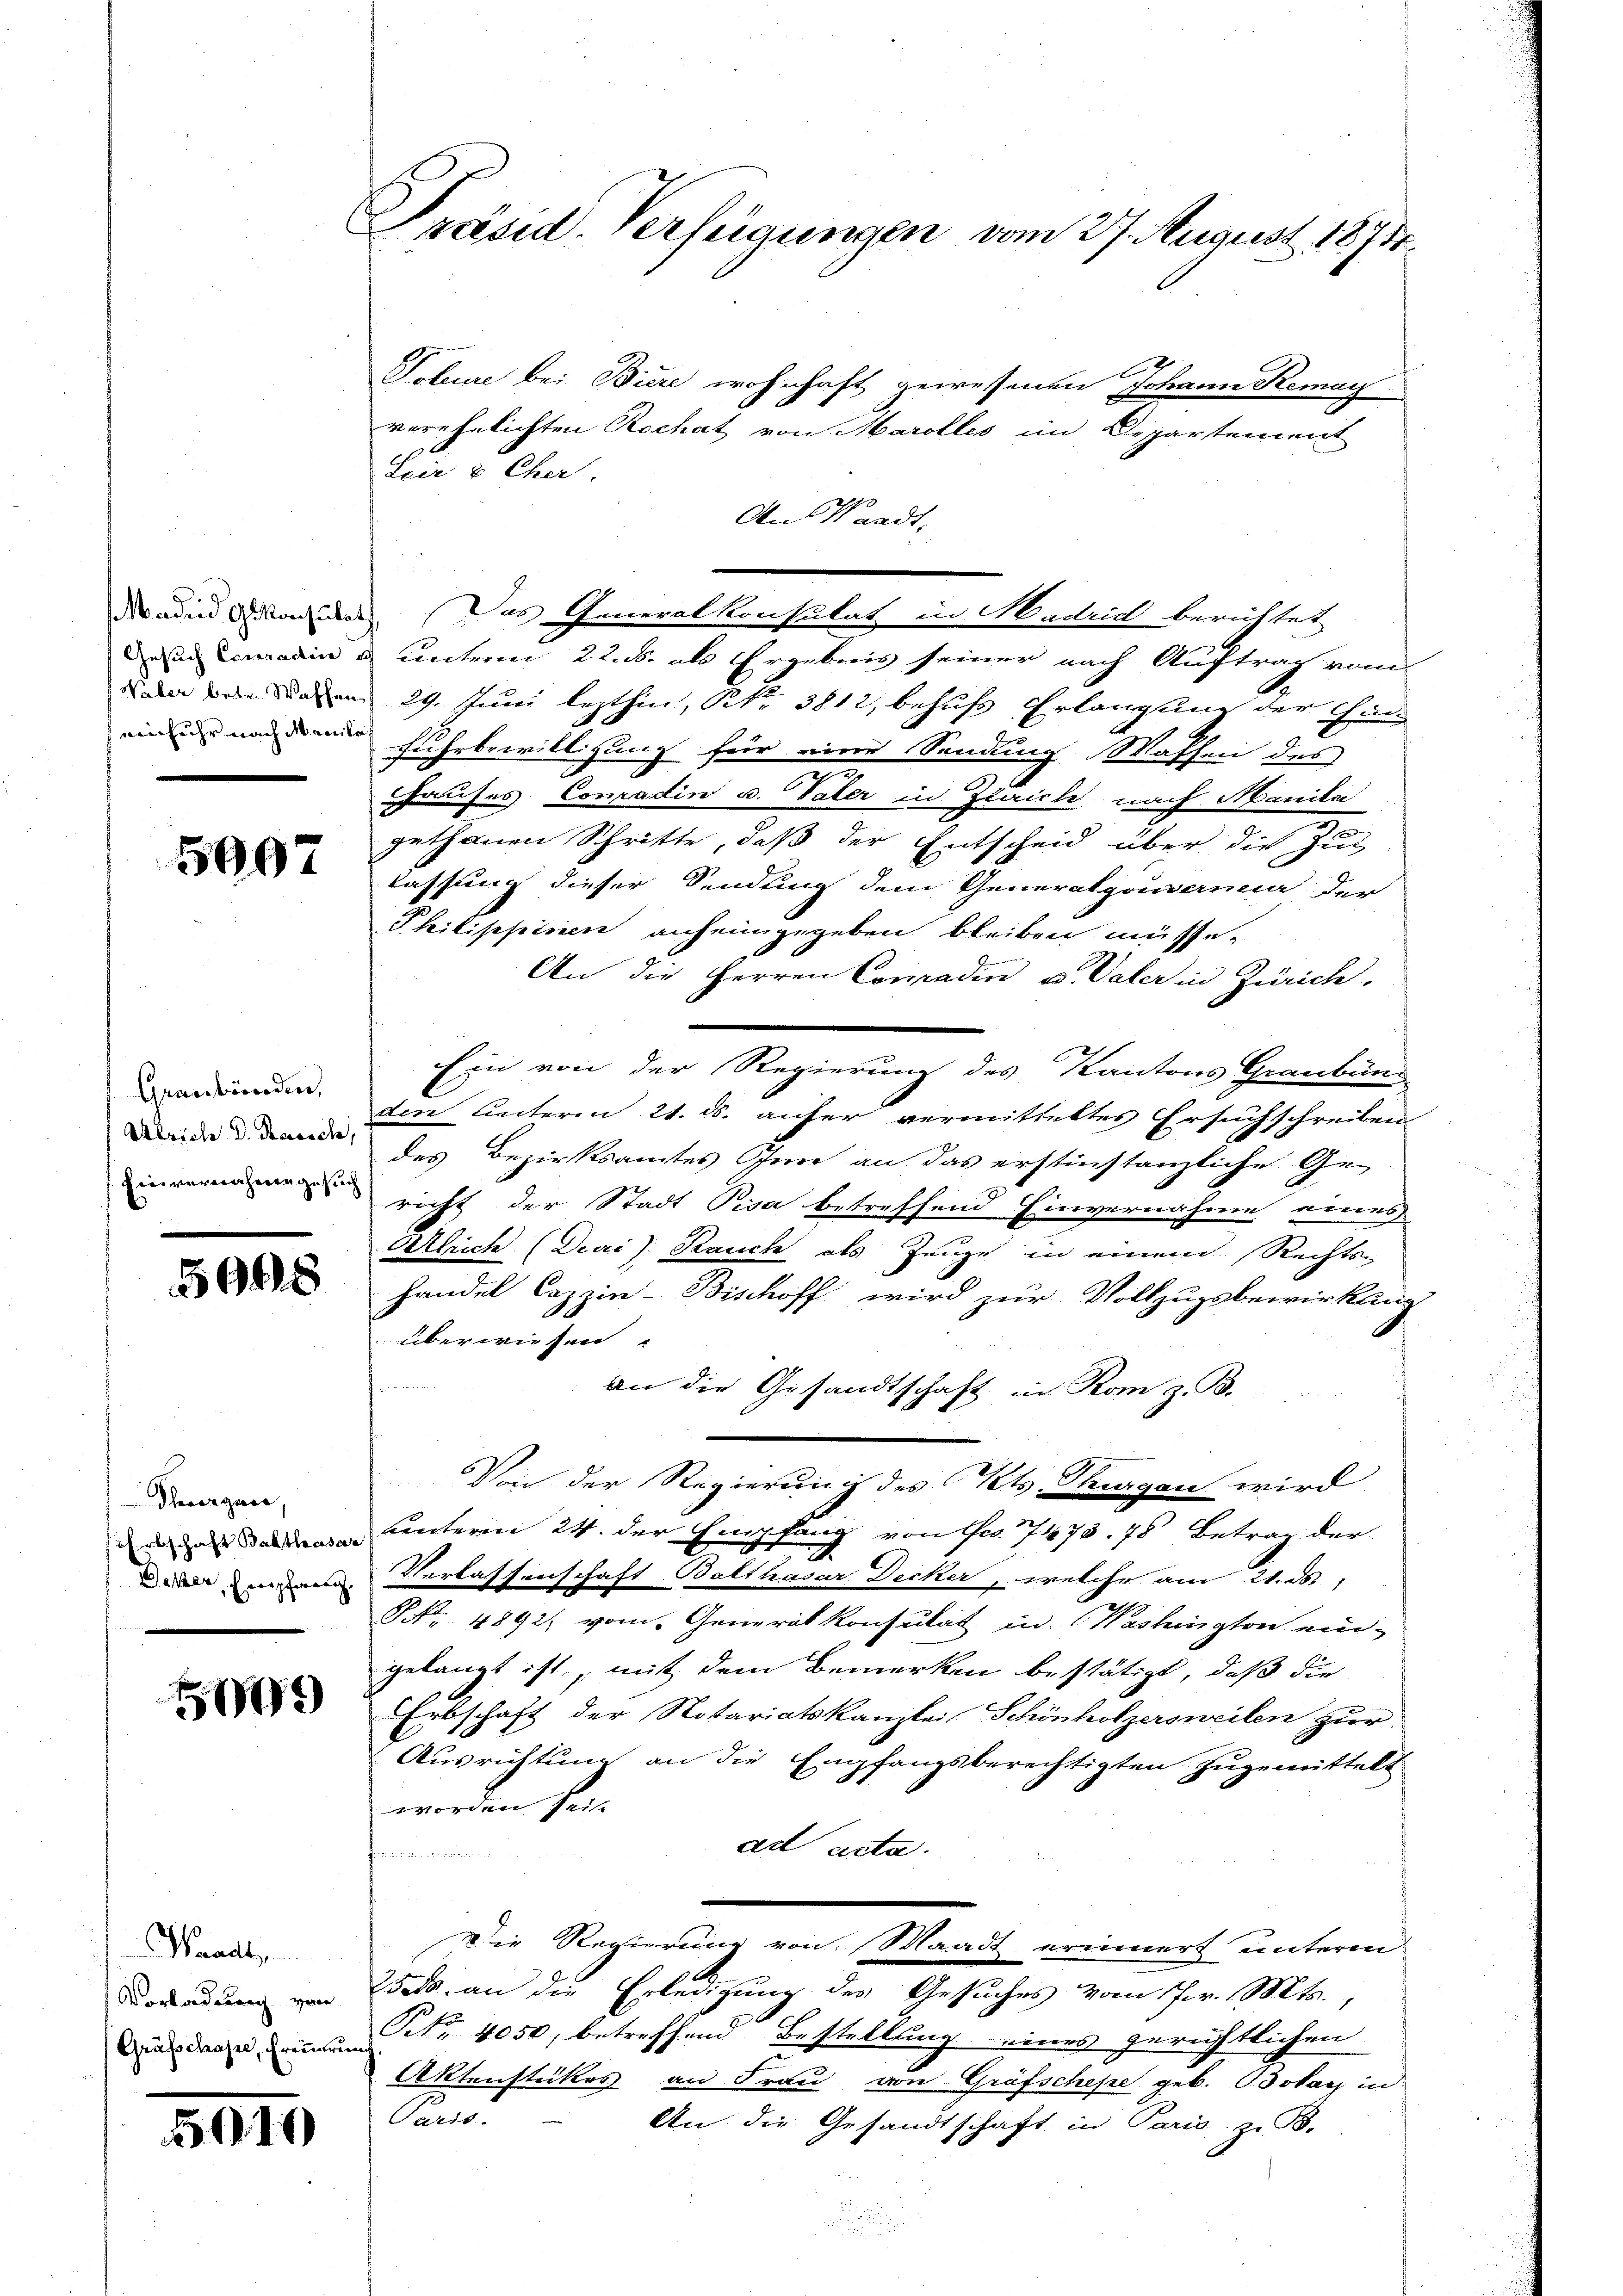
5097

Graubünden,
 Ulrich D. Rasich,
Eier vernahme gesuch

5948

Theuergans,

509

Waadt,
Vorladung von

10

Präsid. Verfügungen vom 27. August 1874.

Toheure bei Biere wohnhaft gewesenen Johann Remay
verehelichten Rochat von Marolles im Departement
Leir & Cher.
An Waadt,
Daden Vorzules. Das Generalkonsulat in Madrid berichtet
adin u unterm 22. ds. als Ergebnis seiner nach Auftrag vom
dn den und am 29. Juni lezthin, Nr. 3812, behufs Erlangung der Chin
einen nach den Fuhrbewilligung für eine Sendung Wassen des
hauses Conradin u. Vater in Plaicle nach Manila
3
gethanen Schritte, daß der Entscheid über die Zuc
lassung dieser Sendung dem Generalgouvance der
Philippinen anheimgegeben bleiben müsse.
An die Herren Conradin u. Vater in Zürich,
Ein von der Regierung des Kantons Graubünd
den Leiterm 21. ds. anfer vermitteltes Ersuchschreiben
des Bezirksamtes Inne an das erstinstanzliche Ge-
richt der Stadt Pisa betreffend Einvernahme eines
Ulrich (Duai) Kauch als Zeuge in einem Rechts-
handel Cazzin-Bischoff wird zur Vollzugsbewirkung
überwiesen
an die Gesandtschaft in Rom z. B.
Von der Regierung des Kts. Tragen wird
ude unterm 24. der Empfang von Fr. 7473. 78 Betrag der
 man Verlassenschaft Balthasar Decker, welche am 21. d.
NNo. 4892, vom Generalkonsulat in Washington ein-
gelangt ist, mit dem Bemerken bestätigt, daß die
Erbschaft der Notariatskanzlei Schönholzersweilen zur
Ausrichtung an die Empfangsberechtigten zugemittelt
worden sein
ad acta.
d
Die Regierung von Waadt erinnert unterm
Wads an die Erledigung des Gesuches vom Fr. Mts.,
Die dazu dein um Nr. 4050, betreffend Bestellung eines gerichtlichen
Aktenstückes an Frau von Grafschepe geb. Bolay in
Paris.
An die Gesandtschaft in Paris, z. B.